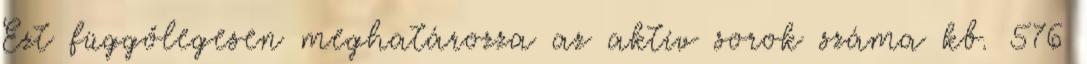
Ezt függőlegesen meghatározza az aktív sorok száma kb. 576